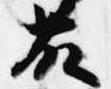
藤